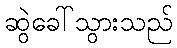
ဆွဲခေါ်သွားသည်